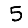
Digit: 5